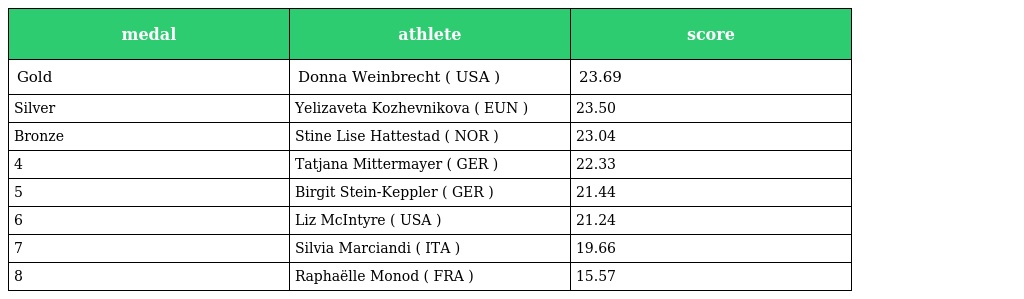
| medal | athlete | score |
 | --- | --- | --- |
 | Gold | Donna Weinbrecht ( USA ) | 23.69 |
 | Silver | Yelizaveta Kozhevnikova ( EUN ) | 23.50 |
 | Bronze | Stine Lise Hattestad ( NOR ) | 23.04 |
 | 4 | Tatjana Mittermayer ( GER ) | 22.33 |
 | 5 | Birgit Stein-Keppler ( GER ) | 21.44 |
 | 6 | Liz McIntyre ( USA ) | 21.24 |
 | 7 | Silvia Marciandi ( ITA ) | 19.66 |
 | 8 | Raphaëlle Monod ( FRA ) | 15.57 |